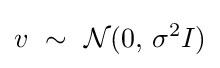
v\ \sim \ {\mathcal {N}}(0,\,\sigma ^{2}I)